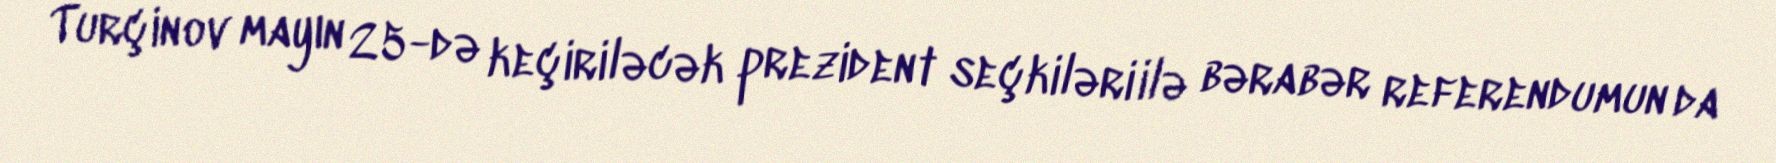
Turçinov mayın 25-də keçiriləcək prezident seçkiləri ilə bərabər referendumun da